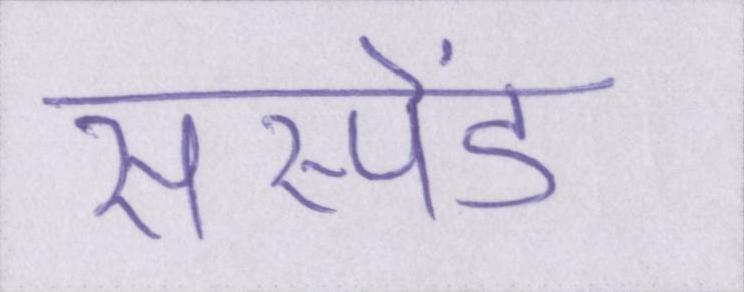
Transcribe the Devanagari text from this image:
सस्पेंड